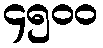
၄၅၀၀